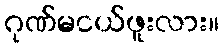
ဂုဏ်မငယ်ဖူးလား။